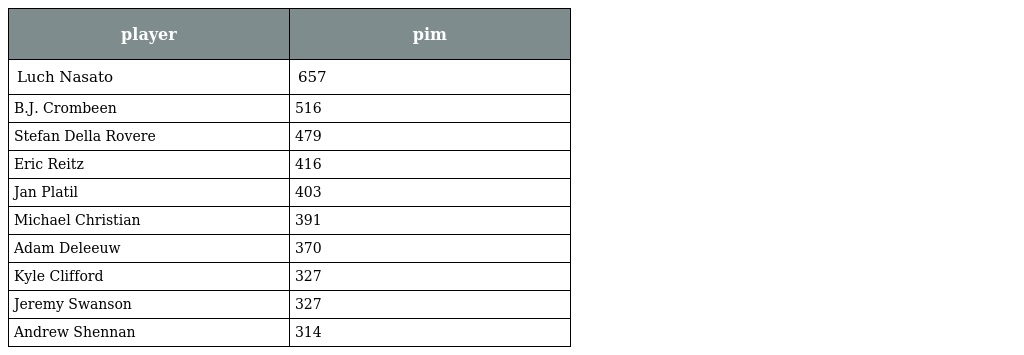
| player | pim |
 | --- | --- |
 | Luch Nasato | 657 |
 | B.J. Crombeen | 516 |
 | Stefan Della Rovere | 479 |
 | Eric Reitz | 416 |
 | Jan Platil | 403 |
 | Michael Christian | 391 |
 | Adam Deleeuw | 370 |
 | Kyle Clifford | 327 |
 | Jeremy Swanson | 327 |
 | Andrew Shennan | 314 |